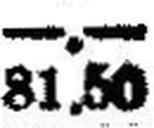
81.50